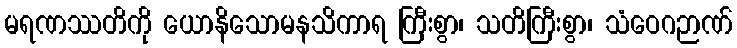
မရဏဿတိကို ယောနိသောမနသိကာရ ကြီးစွာ၊ သတိကြီးစွာ၊ သံဝေဂဉာဏ်